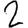
Digit: 2